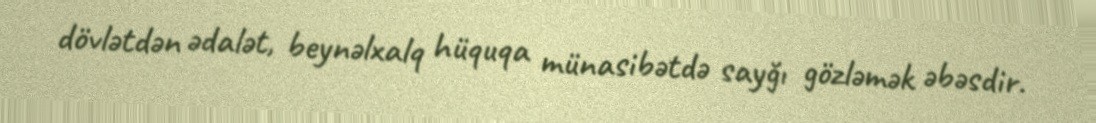
dövlətdən ədalət, beynəlxalq hüquqa münasibətdə sayğı gözləmək əbəsdir.